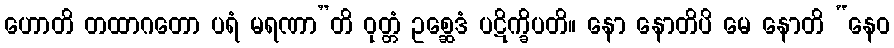
ဟောတိ တထာဂတော ပရံ မရဏာ”တိ ဝုတ္တံ ဥစ္ဆေဒံ ပဋိက္ခိပတိ။ နော နောတိပိ မေ နောတိ “နေဝ